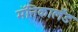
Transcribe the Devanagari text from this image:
मॅनिकालँड